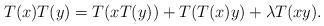
LaTeX: \begin{align*} T(x) T(y) = T(x T(y))+ T(T(x)y) +\lambda T(xy) .\end{align*}